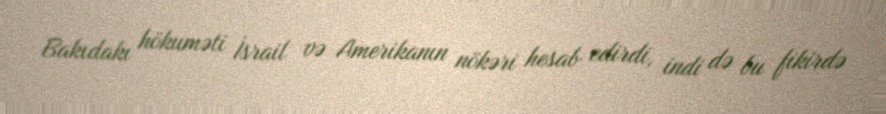
Bakıdakı hökuməti İsrail və Amerikanın nökəri hesab edirdi, indi də bu fikirdə